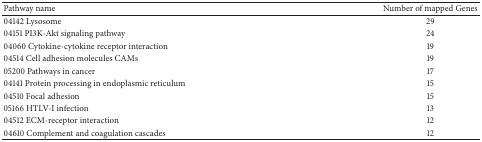
<table><thead><tr><td><b>Pathway name</b></td><td><b>Number of mapped Genes</b></td></tr></thead><tbody><tr><td>04142 Lysosome</td><td>29</td></tr><tr><td>04151 PI3K-Akt signaling pathway</td><td>24</td></tr><tr><td>04060 Cytokine-cytokine receptor interaction</td><td>19</td></tr><tr><td>04514 Cell adhesion molecules CAMs</td><td>19</td></tr><tr><td>05200 Pathways in cancer</td><td>17</td></tr><tr><td>04141 Protein processing in endoplasmic reticulum</td><td>15</td></tr><tr><td>04510 Focal adhesion</td><td>15</td></tr><tr><td>05166 HTLV-I infection</td><td>13</td></tr><tr><td>04512 ECM-receptor interaction</td><td>12</td></tr><tr><td>04610 Complement and coagulation cascades</td><td>12</td></tr></tbody></table>